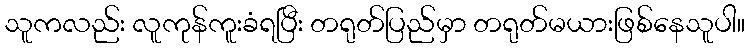
သူကလည်း လူကုန်ကူးခံရပြီး တရုတ်ပြည်မှာ တရုတ်မယားဖြစ်နေသူပါ။